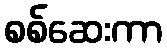
စစ်ဆေးကာ